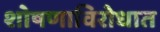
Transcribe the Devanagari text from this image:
शोषणाविरोधात